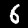
Digit: 6